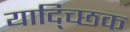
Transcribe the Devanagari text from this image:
याद्च्छिक